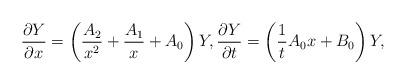
LaTeX: \begin{align*}\frac{\partial Y}{\partial x} =\left(\frac{A_2}{x^2}+\frac{A_1}{x}+A_0\right)Y ,\frac{\partial Y}{\partial t} =\left( \frac{1}{t}A_0 x+B_0 \right)Y ,\end{align*}